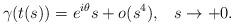
LaTeX: \begin{align*}\gamma(t(s))=e^{i\theta}s+o(s^4),\;\;\;s\to+0. \end{align*}